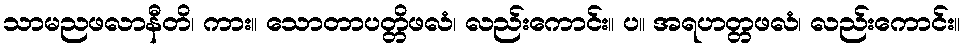
သာမညဖလာနီတိ၊ ကား။ သောတာပတ္တိဖလံ၊ လည်းကောင်း။ ပ။ အရဟတ္တဖလံ၊ လည်းကောင်း။